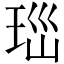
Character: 𤤼